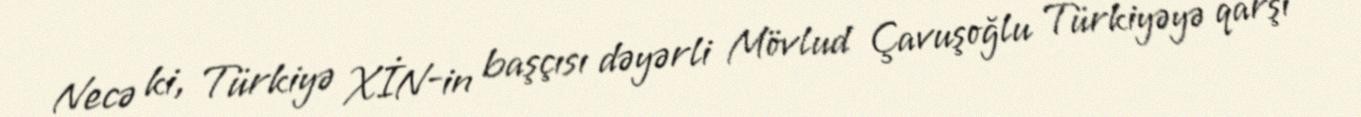
Necə ki, Türkiyə XİN-in başçısı dəyərli Mövlud Çavuşoğlu Türkiyəyə qarşı